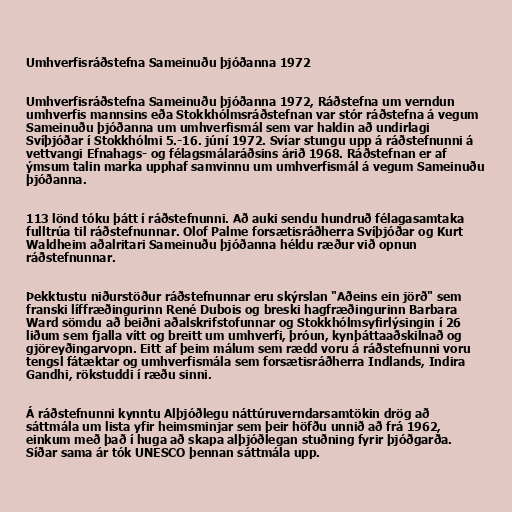
Umhverfisráðstefna Sameinuðu þjóðanna 1972

Umhverfisráðstefna Sameinuðu þjóðanna 1972, Ráðstefna um verndun
umhverfis mannsins eða Stokkhólmsráðstefnan var stór ráðstefna á vegum
Sameinuðu þjóðanna um umhverfismál sem var haldin að undirlagi
Svíþjóðar í Stokkhólmi 5.-16. júní 1972. Svíar stungu upp á ráðstefnunni á
vettvangi Efnahags- og félagsmálaráðsins árið 1968. Ráðstefnan er af
ýmsum talin marka upphaf samvinnu um umhverfismál á vegum Sameinuðu
þjóðanna.

113 lönd tóku þátt í ráðstefnunni. Að auki sendu hundruð félagasamtaka
fulltrúa til ráðstefnunnar. Olof Palme forsætisráðherra Svíþjóðar og Kurt
Waldheim aðalritari Sameinuðu þjóðanna héldu ræður við opnun
ráðstefnunnar.

Þekktustu niðurstöður ráðstefnunnar eru skýrslan "Aðeins ein jörð" sem
franski líffræðingurinn René Dubois og breski hagfræðingurinn Barbara
Ward sömdu að beiðni aðalskrifstofunnar og Stokkhólmsyfirlýsingin í 26
liðum sem fjalla vítt og breitt um umhverfi, þróun, kynþáttaaðskilnað og
gjöreyðingarvopn. Eitt af þeim málum sem rædd voru á ráðstefnunni voru
tengsl fátæktar og umhverfismála sem forsætisráðherra Indlands, Indira
Gandhi, rökstuddi í ræðu sinni.

Á ráðstefnunni kynntu Alþjóðlegu náttúruverndarsamtökin drög að
sáttmála um lista yfir heimsminjar sem þeir höfðu unnið að frá 1962,
einkum með það í huga að skapa alþjóðlegan stuðning fyrir þjóðgarða.
Síðar sama ár tók UNESCO þennan sáttmála upp.